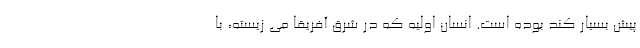
پیش بسیار کند بوده است. انسان اولیه که در شرق آفریقا می زیسته، با